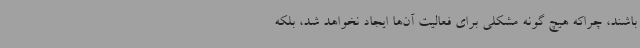
باشند، چراکه هیچ گونه مشکلی برای فعالیت آن‌ها ایجاد نخواهد شد، بلکه